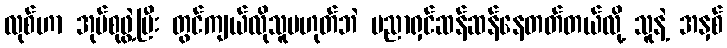
လုစ်ဟာ အုပ်စုဖွဲ့ပြီး တွင်ကျယ်လိုသူမဟုတ်ဘဲ ပညာရှင်ဆန်ဆန်နေတတ်တယ်လို့ သူနဲ့ အနှစ်